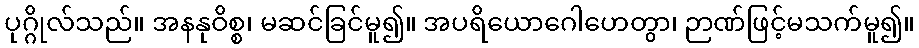
ပုဂ္ဂိုလ်သည်။ အနနုဝိစ္စ၊ မဆင်ခြင်မူ၍။ အပရိယောဂေါဟေတွာ၊ ဉာဏ်ဖြင့်မသက်မူ၍။